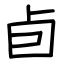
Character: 卣